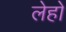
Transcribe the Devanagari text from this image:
लेहो